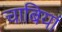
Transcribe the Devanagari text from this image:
चाबियां